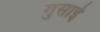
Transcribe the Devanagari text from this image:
गुसाईँ